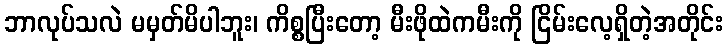
ဘာလုပ်သလဲ မမှတ်မိပါဘူး၊ ကိစ္စပြီးတော့ မီးဖိုထဲကမီးကို ငြိမ်းလေ့ရှိတဲ့အတိုင်း